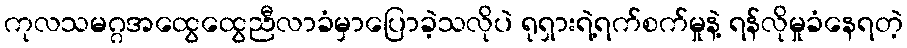
ကုလသမဂ္ဂအထွေထွေညီလာခံမှာပြောခဲ့သလိုပဲ ရုရှားရဲ့ရက်စက်မှုနဲ့ ရန်လိုမှုခံနေရတဲ့